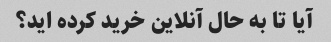
آیا تا به حال آنلاین خرید کرده اید؟